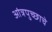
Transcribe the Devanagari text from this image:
आंत्रपुच्छाचे